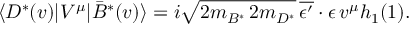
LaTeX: \langle D ^ { * } ( v ) | { \cal V } ^ { \mu } | \bar { B } ^ { * } ( v ) \rangle = i \sqrt { 2 m _ { B ^ { * } } \, 2 m _ { D ^ { * } } } \, \overline { { { \epsilon ^ { \prime } } } } \cdot \epsilon \, v ^ { \mu } h _ { 1 } ( 1 ) .